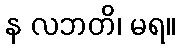
န လဘတိ၊ မရ။